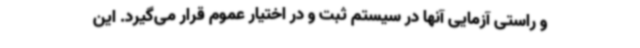
و راستی آزمایی آنها در سیستم ثبت و در اختیار عموم قرار می‌گیرد. این